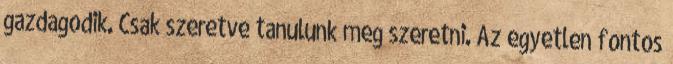
gazdagodik. Csak szeretve tanulunk meg szeretni. Az egyetlen fontos